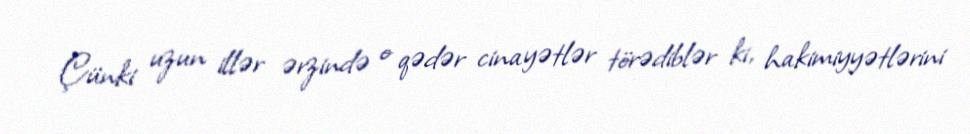
Çünki uzun illər ərzində o qədər cinayətlər törədiblər ki, hakimiyyətlərini